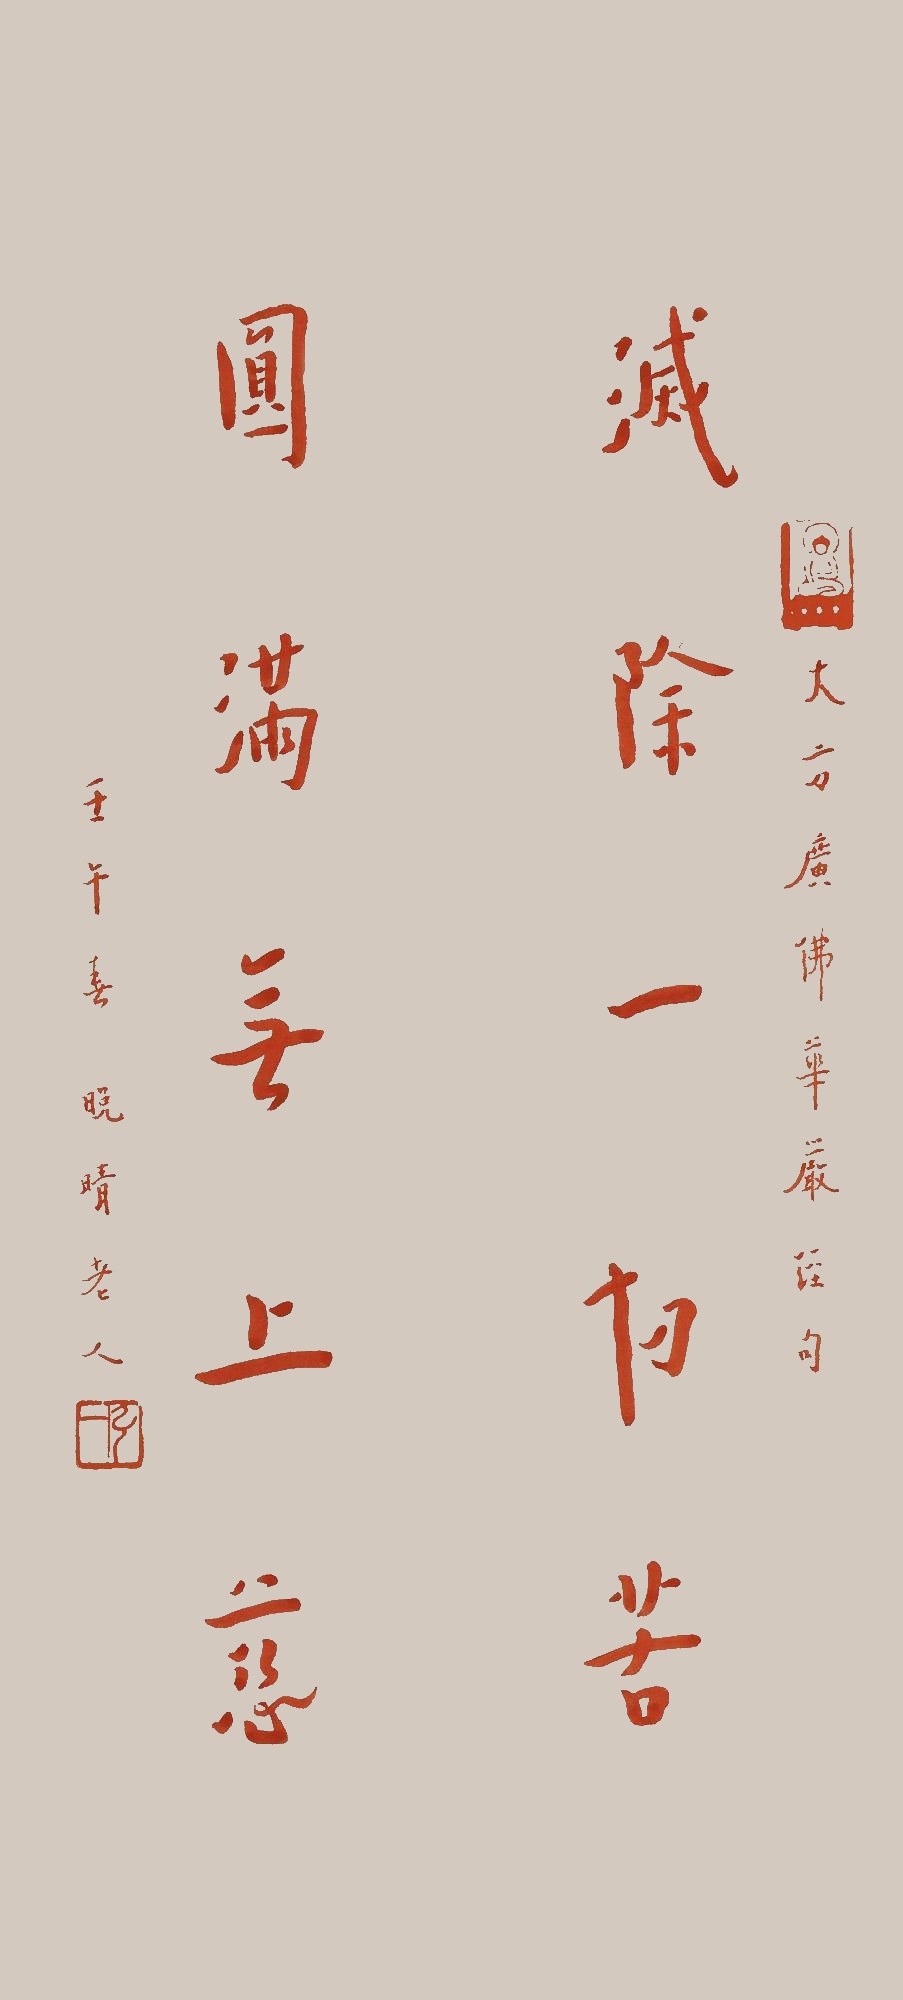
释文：灭除一切苦，圆满无上慈。大方广佛华严经句。壬午春，晚晴老人。